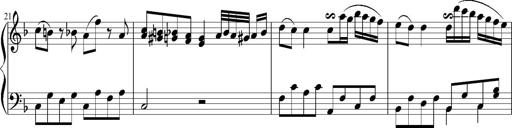
Title: 12 Sonatinas for Piano
Composer: Johann Baptist Vanhal